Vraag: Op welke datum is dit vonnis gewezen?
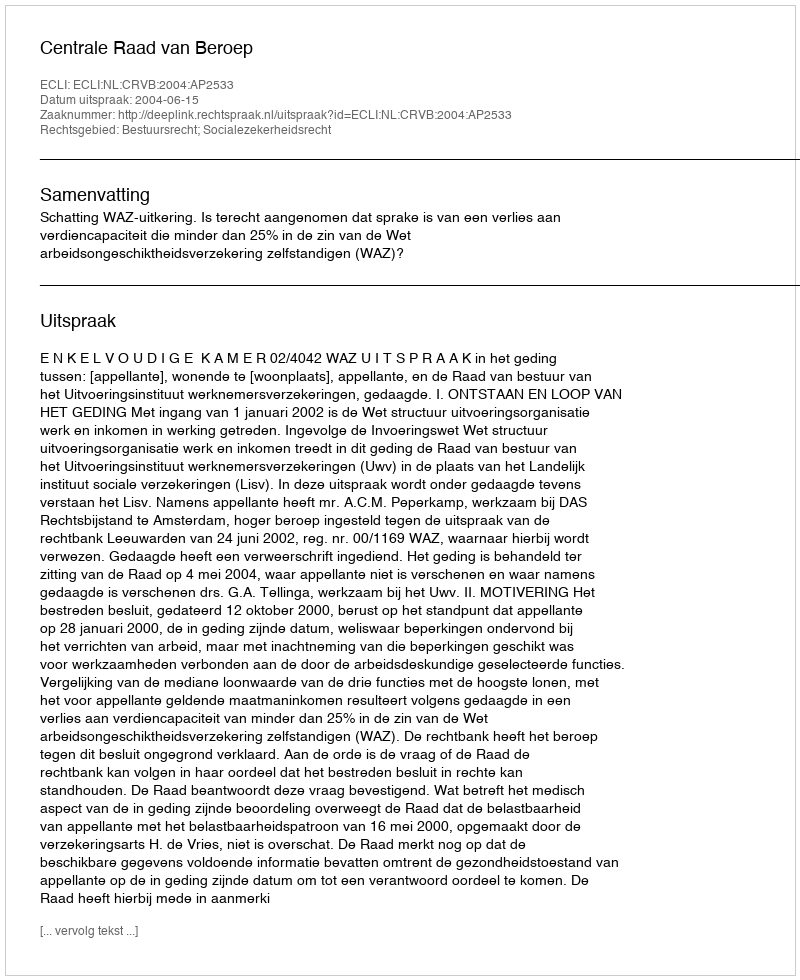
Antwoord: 2004-06-15